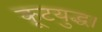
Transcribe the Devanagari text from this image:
कूटयुद्ध।